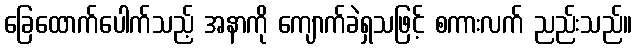
ခြေထောက်ပေါက်သည့် အနာကို ကျောက်ခဲရှသဖြင့် စကားလက် ညည်းသည်။